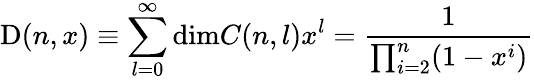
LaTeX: \mathrm{D}(n,x)\equiv\sum_{l=0}^{\infty}\mathrm{dim}C(n,l)x^{l}=\frac{1}{\prod_{i=2}^{n}(1-x^{i})}